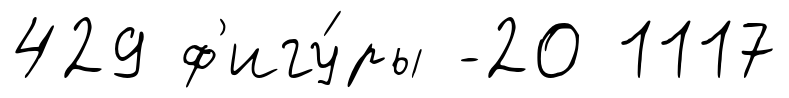
429 ф'игу́ры -20 1117